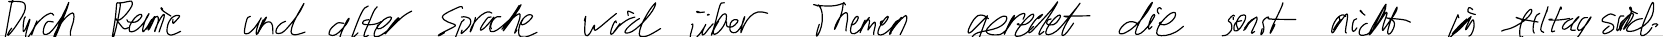
Durch Reime und alter Sprache wird über Themen geredet die sonst nicht im Alltag sind.